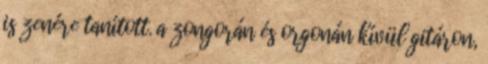
is zenére tanított. a zongorán és orgonán kívül gitáron,